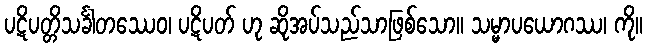
ပဋိပတ္တိသင်္ခါတဿေဝ၊ ပဋိပတ် ဟု ဆိုအပ်သည်သာဖြစ်သော။ သမ္မာပယောဂဿ၊ ကို။